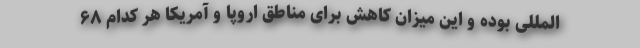
‌المللی بوده و این میزان کاهش برای مناطق اروپا و آمریکا هر کدام ۶۸